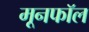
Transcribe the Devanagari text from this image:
मूनफॉल